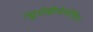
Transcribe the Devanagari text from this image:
न्युरोडीजेनरेटिव